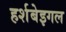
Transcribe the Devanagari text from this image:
हर्शबेइगल